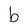
Character: b